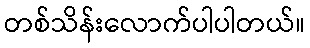
တစ်သိန်းလောက်ပါပါတယ်။